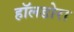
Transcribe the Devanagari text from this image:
हॉलडोरा